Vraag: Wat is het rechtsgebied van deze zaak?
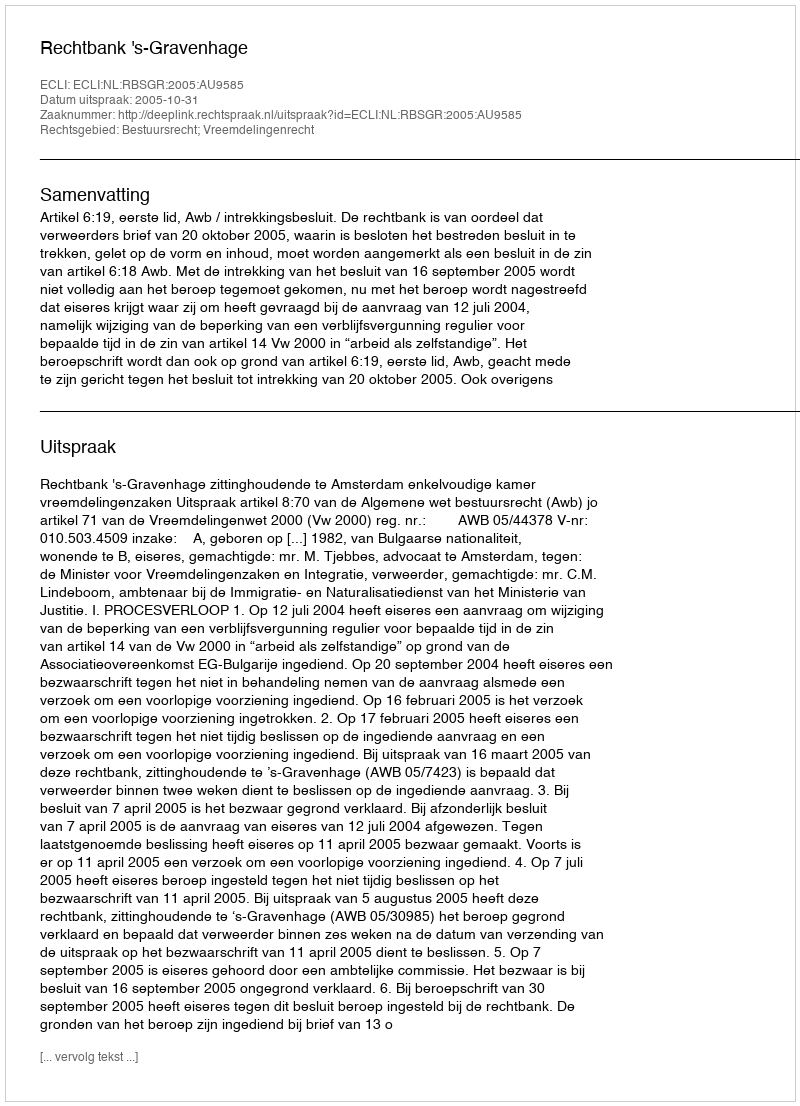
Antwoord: Bestuursrecht; Vreemdelingenrecht